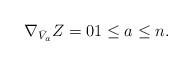
LaTeX: \begin{align*}\nabla_{\bar V_a}Z=01\le a \le n.\end{align*}